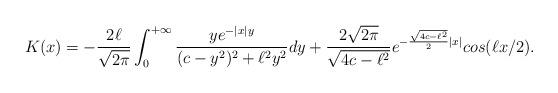
LaTeX: \begin{align*}K(x)= -\frac{2\ell}{\sqrt{2\pi}}\int_0^{+\infty} \frac{y e^{-|x|y}}{(c-y^2)^2 +\ell^2 y^2}dy +\frac{2 \sqrt{2\pi}}{\sqrt{4c-\ell^2}} e^{-\frac{\sqrt{4c-\ell^2}}{2}|x|}cos(\ell x/2).\end{align*}